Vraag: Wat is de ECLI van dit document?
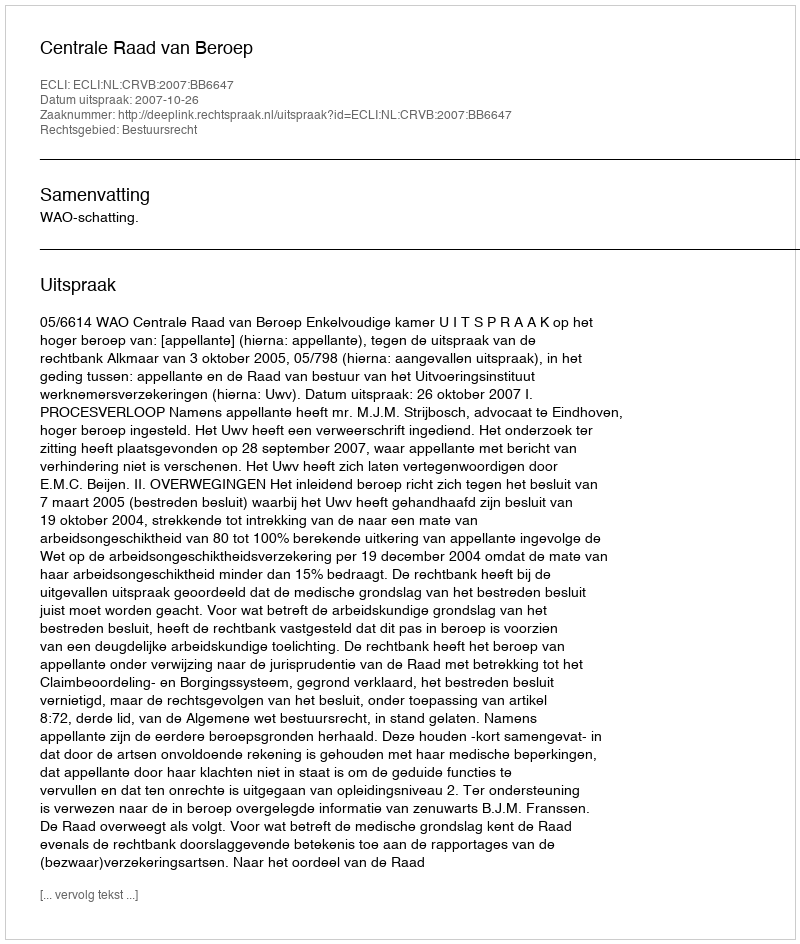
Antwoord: ECLI:NL:CRVB:2007:BB6647